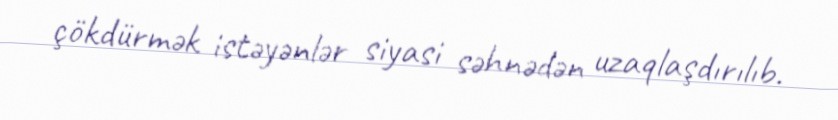
çökdürmək istəyənlər siyasi səhnədən uzaqlaşdırılıb.